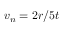
v _ { n } = 2 r / 5 t